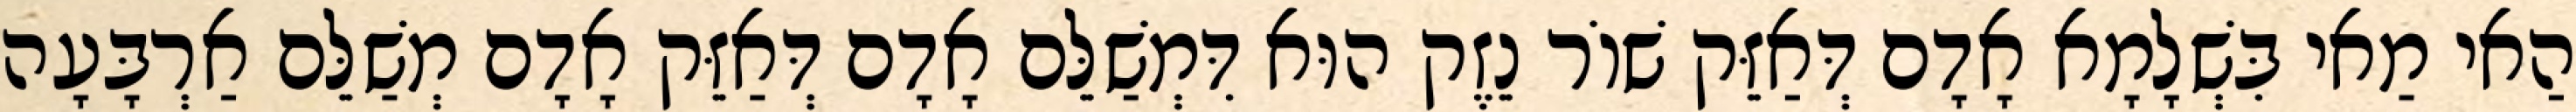
הַאי מַאי בִּשְׁלָמָא אָדָם דְּאַזֵּק שׁוֹר נֵזֶק הוּא דִּמְשַׁלֵּם אָדָם דְּאַזֵּק אָדָם מְשַׁלֵּם אַרְבָּעָה